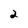
Character: 2